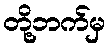
တို့ဘက်မှ